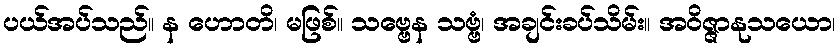
ပယ်အပ်သည်။ န ဟောတိ၊ မဖြစ်။ သဗ္ဗေန သဗ္ဗံ၊ အချင်းခပ်သိမ်း။ အဝိဇ္ဇာနုသယော၊